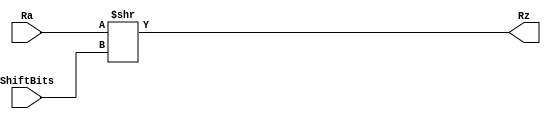
module shr_32_bit(
    output reg[31:0] Rz,
    input wire[31:0] Ra,
    input wire[31:0] ShiftBits
);

always@(*) 
begin
    Rz = Ra >> ShiftBits;
end
endmodule